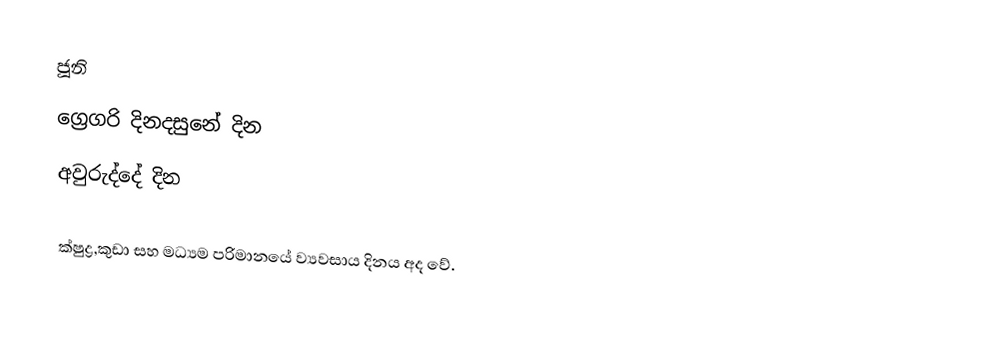
ජූනි
ග්‍රෙගරි දිනදසුනේ දින
අවුරුද්දේ දින

ක්ෂුද්‍ර,කුඩා සහ මධ්‍යම පරිමානයේ ව්‍යවසාය දිනය අද වේ.